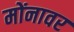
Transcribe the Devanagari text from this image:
मोंनावर